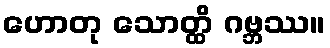
ဟောတု သောတ္ထိ ဂဗ္ဘဿ။